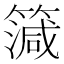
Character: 𥳒